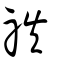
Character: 祑